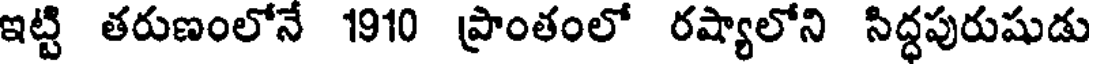
ఇట్టి తరుణంలోనే 1910 ప్రాంతంలో రష్యాలోని సిద్ధపురుషుడు